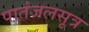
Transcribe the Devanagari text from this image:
पातंजलसूत्र